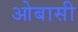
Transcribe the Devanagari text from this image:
ओबासी